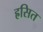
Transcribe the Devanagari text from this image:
ह्रसित